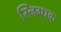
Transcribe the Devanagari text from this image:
स्निग्धक